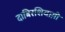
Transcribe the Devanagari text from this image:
दाबिरशियाग़ी